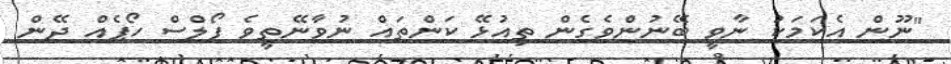
"ނޫން އެކަމަކު ނާވީ ބޭނުންވެގެން ތިއުޅޭ ކަންތައް ނުވާނޭތީވެ ފޯލްސް ހޯޕެއް ދޭން